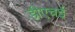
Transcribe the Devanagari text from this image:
डीएचई